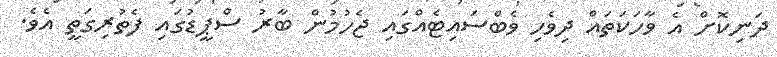
ދަނިކޮށް އެ ވާހަކަތައް ދިވެހި ވެބްސައިޓެއްގައި ޖެހުމުން ބާރު ސްޕީޑުގައި ފެތުރިގަތީ އެވެ.